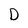
Character: D